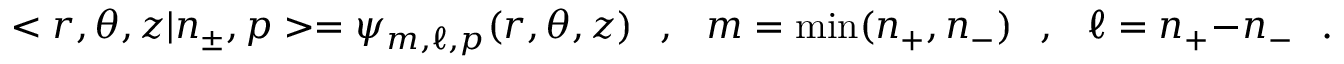
< r , \theta , z | n _ { \pm } , p > = \psi _ { m , \ell , p } ( r , \theta , z ) \ \ \ , \ \ \ m = \mathrm { m i n } ( n _ { + } , n _ { - } ) \ \ \ , \ \ \ \ell = n _ { + } - n _ { - } \ \ \ .